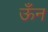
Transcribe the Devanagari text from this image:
ऊँन